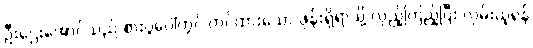
ဦးဌေးအောင်သည် စားပွဲပေါ်တွင် တင်ထားသော ဖုန်းရှိရာသို့ လှည့်ကြည့်ပြီး လှမ်းယူရန်